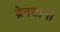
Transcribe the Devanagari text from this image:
ब्रेनटानो